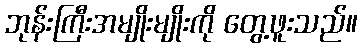
ဘုန်းကြီးအမျိုးမျိုးကို တွေ့ဖူးသည်။